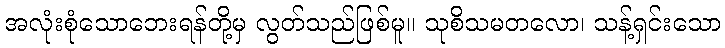
အလုံးစုံသောဘေးရန်တို့မှ လွတ်သည်ဖြစ်မူ။ သုစိသမတလော၊ သန့်ရှင်းသော